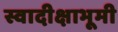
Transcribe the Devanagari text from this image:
स्वादीक्षाभूमी